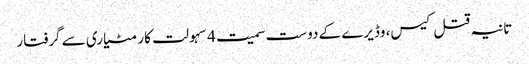
تانیہ قتل کیس، وڈیرے کے دوست سمیت 4 سہولت کار مٹیاری سے گرفتار